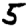
Digit: 5